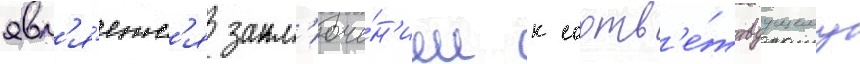
явл'я́етс'я закл'юче́н'ием к соотв'е́тствуущему